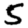
Digit: 5